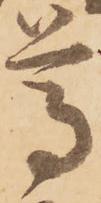
尊